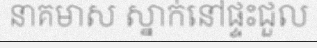
នាគមាស ស្នាក់នៅផ្ទះជួល